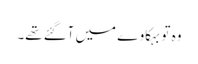
وہ تو بہکاوے میں آگئے تھے۔